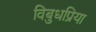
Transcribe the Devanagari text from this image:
विबुधप्रिया